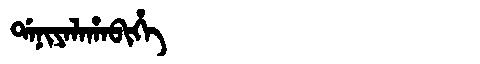
Manchu: ᡩᠠᠨᡳᠶᠠᠯᠠᡥᠠᠪᡳᡥᡝ
Romanization: DANIYALAHABIHE